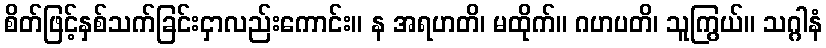
စိတ်ဖြင့်နှစ်သက်ခြင်းငှာလည်းကောင်း။ န အရဟတိ၊ မထိုက်။ ဂဟပတိ၊ သူကြွယ်။ သဂ္ဂါနံ